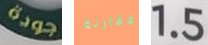
جودة مقارنة 1.5